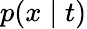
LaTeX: p(x\mid t)